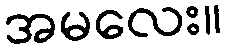
အမလေး။